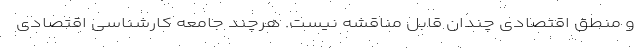
و منطق اقتصادی چندان قابل مناقشه نیست. هرچند جامعه کارشناسی اقتصادی